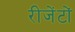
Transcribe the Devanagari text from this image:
रीजेंटों